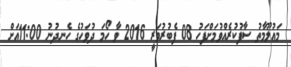
މަޢުލޫމާތު ސާފުކުރެއްވުމަށްފަހު 08 ފެބުރުވަރީ 2016 ވާ ހޯމަ ދުވަހުގެ ހެނދުނު 11:00އަށް